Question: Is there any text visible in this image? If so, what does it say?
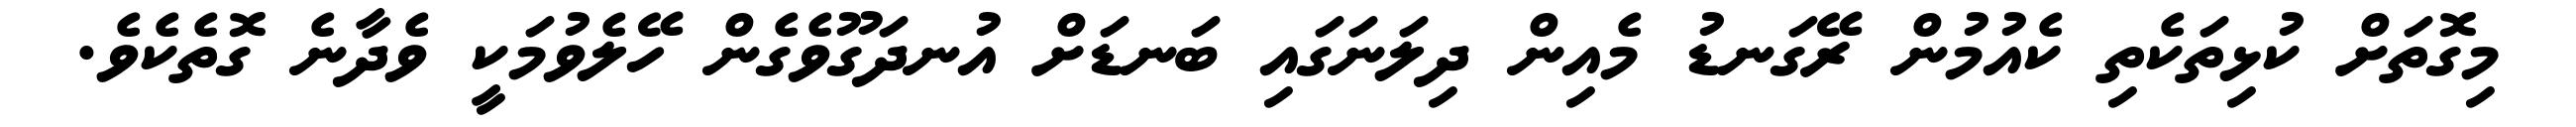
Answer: މިގޮތަށް ކުޅިތަކެތި ކެއުމުން ރޭގަނޑު މެއިން ދިލަނަގައި ބަނޑަށް އުނދަގޫވެގެން ހޭލެވުމަކީ ވެދާނެ ގޮތެކެވެ.